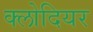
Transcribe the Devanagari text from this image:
क्लोदियर